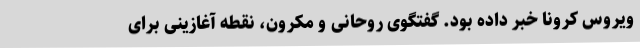
ویروس کرونا خبر داده بود. گفتگوی روحانی و مکرون، نقطه آغازینی برای